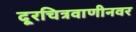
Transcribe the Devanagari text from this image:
दूरचित्रवाणीनवर